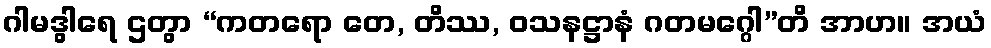
ဂါမဒွါရေ ဌတွာ “ကတရော တေ, တိဿ, ဝသနဋ္ဌာနံ ဂတမဂ္ဂေါ”တိ အာဟ။ အယံ